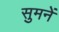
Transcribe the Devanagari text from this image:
सुमनें